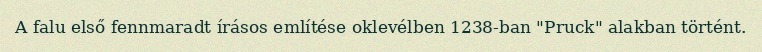
A falu első fennmaradt írásos említése oklevélben 1238-ban "Pruck" alakban történt.